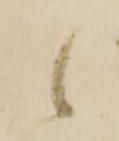
候